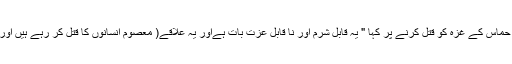
ایک حیران کن مثال میں، سعودی بادشاہ عبداللہ نے حماس کے غزہ کو قتل کرنے پر کہا " یہ قابل شرم اور نا قابل عزت بات ہےاور یہ علاقے( معصوم انسانوں کا قتل کر رہے ہیں اور پھر اس کی عوامی سطح پر تشہیر بھی کرتے ہیں۔